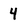
Character: 4